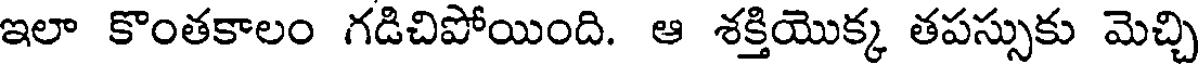
ఇలా కొంతకాలం గడిచిపోయింది. ఆ శక్తియొక్క తపస్సుకు మెచ్చి